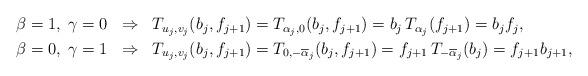
LaTeX: \begin{align*}\begin{aligned} & \beta=1, \; \gamma=0 \kern7pt \Rightarrow \kern7pt T_{u_j,v_j}(b_j,f_{j+1}) = T_{\alpha_j,0}(b_j,f_{j+1}) = b_j\,T_{\alpha_j}(f_{j+1}) = b_j f_j, \\ & \beta=0, \; \gamma=1 \kern7pt \Rightarrow \kern7pt T_{u_j,v_j}(b_j,f_{j+1}) = T_{0,-\overline\alpha_j}(b_j,f_{j+1}) = f_{j+1}\,T_{-\overline\alpha_j}(b_j) = f_{j+1} b_{j+1},\end{aligned}\end{align*}